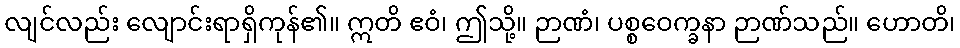
လျင်လည်း လျောင်းရာရှိကုန်၏။ ဣတိ ဧဝံ၊ ဤသို့။ ဉာဏံ၊ ပစ္စဝေက္ခနာ ဉာဏ်သည်။ ဟောတိ၊